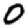
Digit: 0